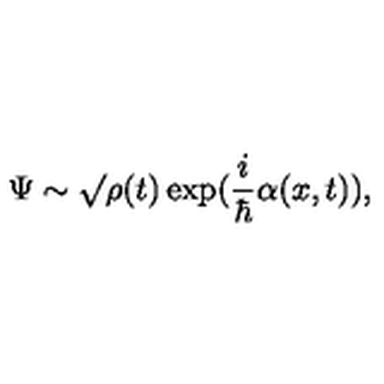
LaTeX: \Psi \sim \surd \rho ( t ) \exp ( \frac { i } { \hbar } \alpha ( x , t ) ) ,